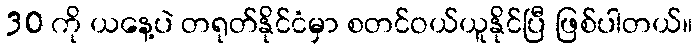
30 ကို ယနေ့ပဲ တရုတ်နိုင်ငံမှာ စတင်ဝယ်ယူနိုင်ပြီ ဖြစ်ပါတယ်။